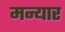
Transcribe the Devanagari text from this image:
मन्यार